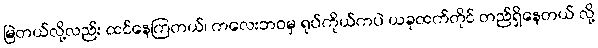
မြဲတယ်လို့လည်း ထင်နေကြတယ်၊ ကလေးဘဝမှ ရုပ်ကိုယ်ကပဲ ယခုထက်တိုင် တည်ရှိနေတယ် လို့